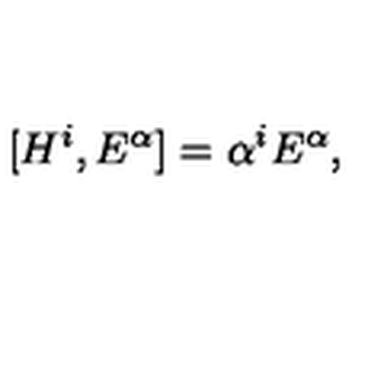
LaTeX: [ H ^ { i } , E ^ { \alpha } ] = \alpha ^ { i } E ^ { \alpha } ,